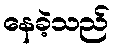
နေခဲ့သည်